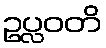
ဥပ္လဝတိ